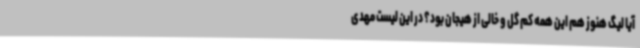
آیا لیگ هنوز هم این همه کم گل و خالی از هیجان بود؟ در این لیست مهدی